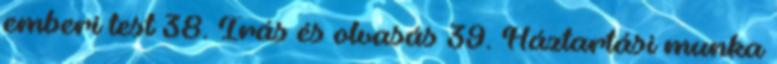
emberi test 38. Írás és olvasás 39. Háztartási munka